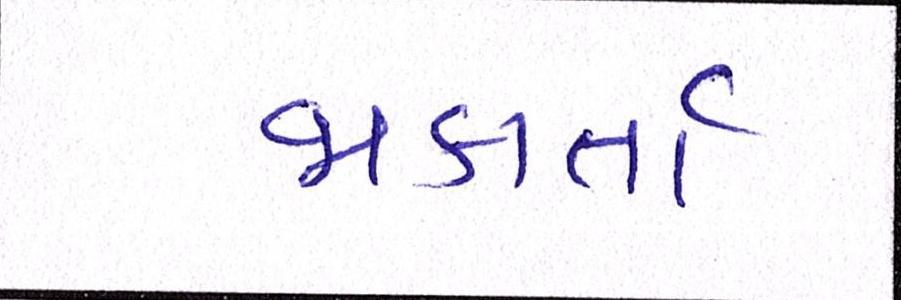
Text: જાકાર્તા